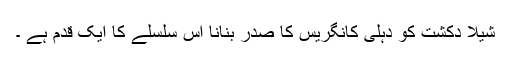
شیلا دکشت کو دہلی کانگریس کا صدر بنانا اس سلسلے کا ایک قدم ہے ۔